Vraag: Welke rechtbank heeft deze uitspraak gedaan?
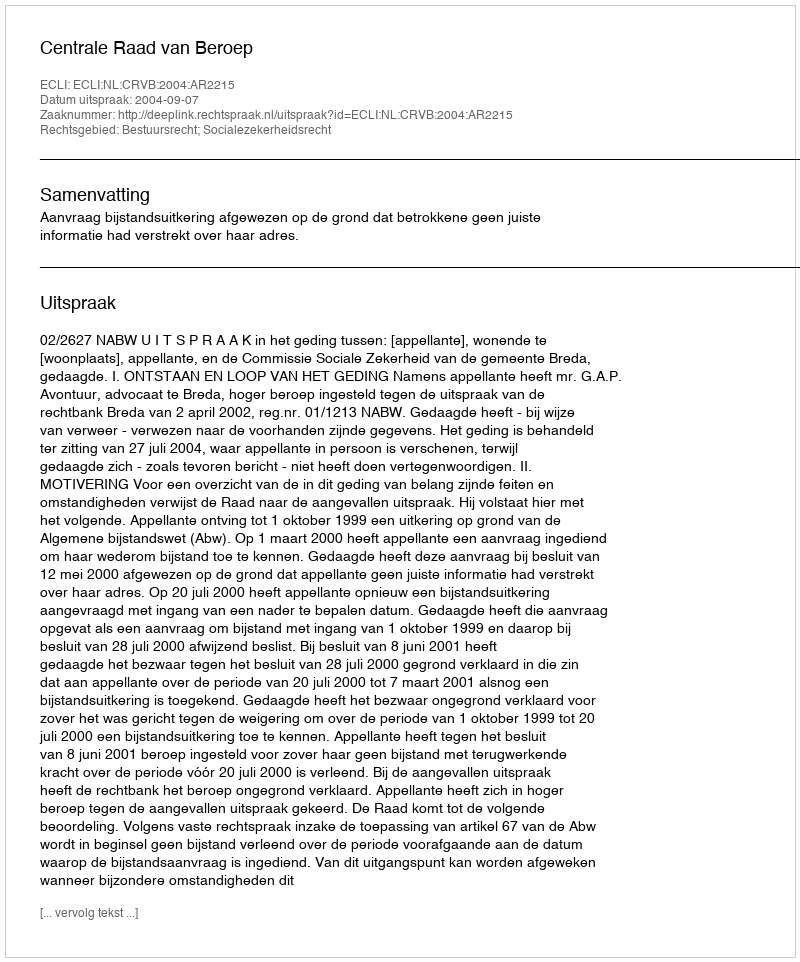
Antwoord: Centrale Raad van Beroep